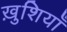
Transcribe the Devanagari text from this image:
ख़ुशियाँ